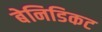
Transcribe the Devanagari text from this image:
बेनिडिकट